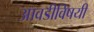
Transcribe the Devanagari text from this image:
आवडीविषयी